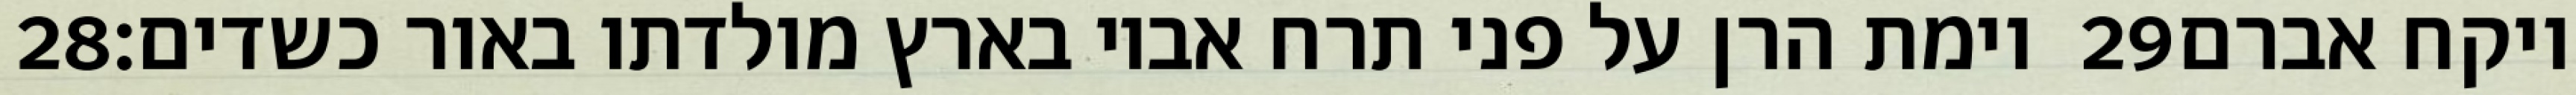
‎28‏ וימת הרן על פני תרח אביו בארץ מולדתו באור כשדים׃ ‎29‏ ויקח אברם